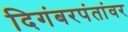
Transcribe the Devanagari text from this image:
दिगंबरपंतांवर